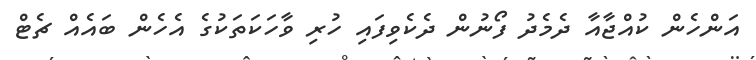
އަންހެން ކުއްޖާއާ ދެމެދު ފޯނުން ދެކެވިފައި ހުރި ވާހަކަތަކުގެ އެހެން ބައެއް ޗެޓް